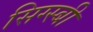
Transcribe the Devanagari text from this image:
सिग्स्बी